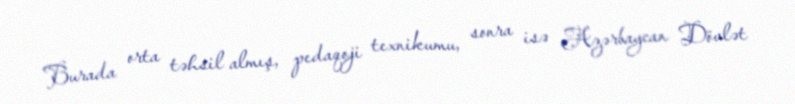
Burada orta təhsil almış, pedaqoji texnikumu, sonra isə Azərbaycan Dövlət